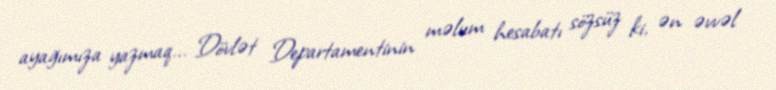
ayağımıza yazmaq... Dövlət Departamentinin məlum hesabatı sözsüz ki, ən əvvəl